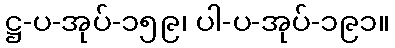
ဋ္ဌ-ပ-အုပ်-၁၅၉၊ ပါ-ပ-အုပ်-၁၉၁။